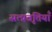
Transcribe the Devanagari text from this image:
सत्प्रवृत्तियाँ